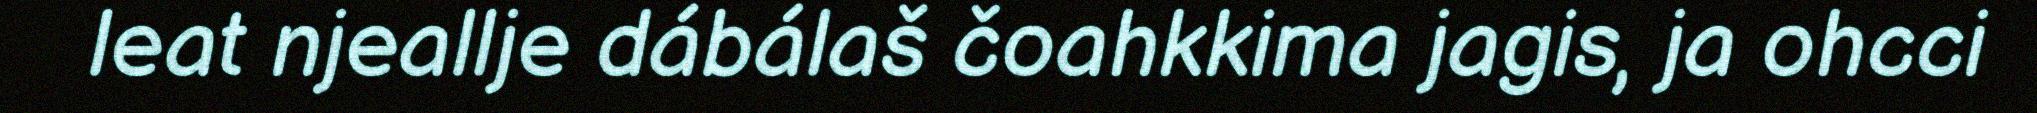
leat njeallje dábálaš čoahkkima jagis, ja ohcci